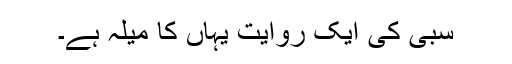
سبی کی ایک روایت یہاں کا میلہ ہے۔